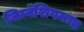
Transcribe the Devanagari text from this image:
जिम्नॅशियमचा